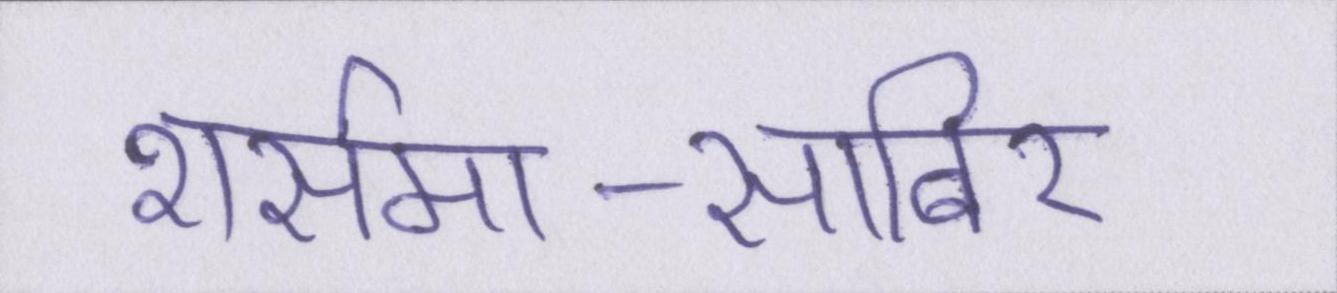
शर्समा-साबिर